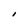
Character: I